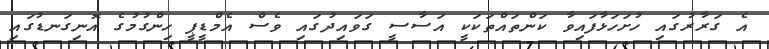
އެ ގަރާރުގައި ހުށަހަޅާފައިވާ ކަންތައްތަކަކީ އަސާސީ ގަވައިދުގައި ވެސް އެމްޑީޕީ ހިންގުމުގެ އޮނިގަނޑުގައި